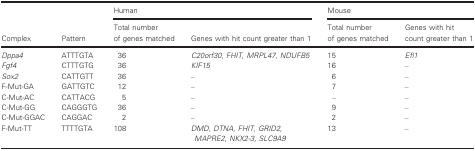
| <ROWSPAN=2> Complex | <ROWSPAN=2> Pattern | <COLSPAN=2> Human | <COLSPAN=2> Mouse |
 | Total number of genes matched | Genes with hit count greater than 1 | Total number of genes matched | Genes with hit count greater than 1 |
 | --- | --- | --- | --- | --- | --- |
 | Dppa4 | ATTTGTA | 36 | C20orf30, FHIT, MRPL47, NDUFB5 | 15 | Efl1 |
 | Fgf4 | CTTTGTG | 36 | KIF15 | 16 | – |
 | Sox2 | CATTGTT | 36 | – | 6 | – |
 | F‐Mut‐GA | GATTGTC | 12 | – | 7 | – |
 | C‐Mut‐AC | CATTACG | 5 | – | – | – |
 | C‐Mut‐GG | CAGGGTG | 36 | – | 9 | – |
 | C‐Mut‐GGAC | CAGGAC | 2 | – | 2 | – |
 | F‐Mut‐TT | TTTTGTA | 108 | DMD, DTNA, FHIT, GRID2, MAPRE2, NKX2‐3, SLC9A9 | 13 | – |